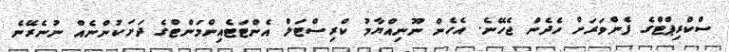
ސްކްރިޕްޓްގެ ފެންވަރަށް ހެދެން ޖެހޭނެ. އެހެން ނޫނިއްޔާމު ކްރިސްޓަލް އެންޓަޓެއިންމަންޓްގެ ދަށަކުންނެއް ނުނެރޭނެ